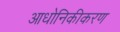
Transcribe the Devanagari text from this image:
आधोनिकीकरण